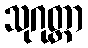
သုဂုတ္တာ